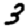
Digit: 3